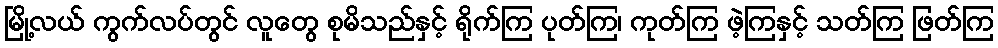
မြို့လယ် ကွက်လပ်တွင် လူတွေ စုမိသည်နှင့် ရိုက်ကြ ပုတ်ကြ၊ ကုတ်ကြ ဖဲ့ကြနှင့် သတ်ကြ ဖြတ်ကြ